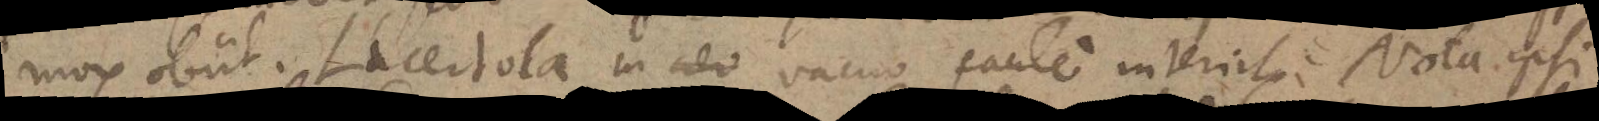
mox obiit. Lucertola in vacuo facile interiit. Nota ipsi